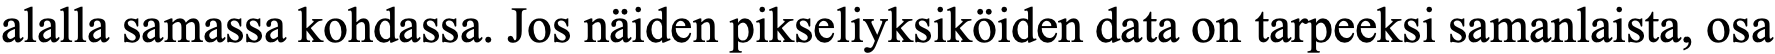
alalla samassa kohdassa. Jos näiden pikseliyksiköiden data on tarpeeksi samanlaista, osa